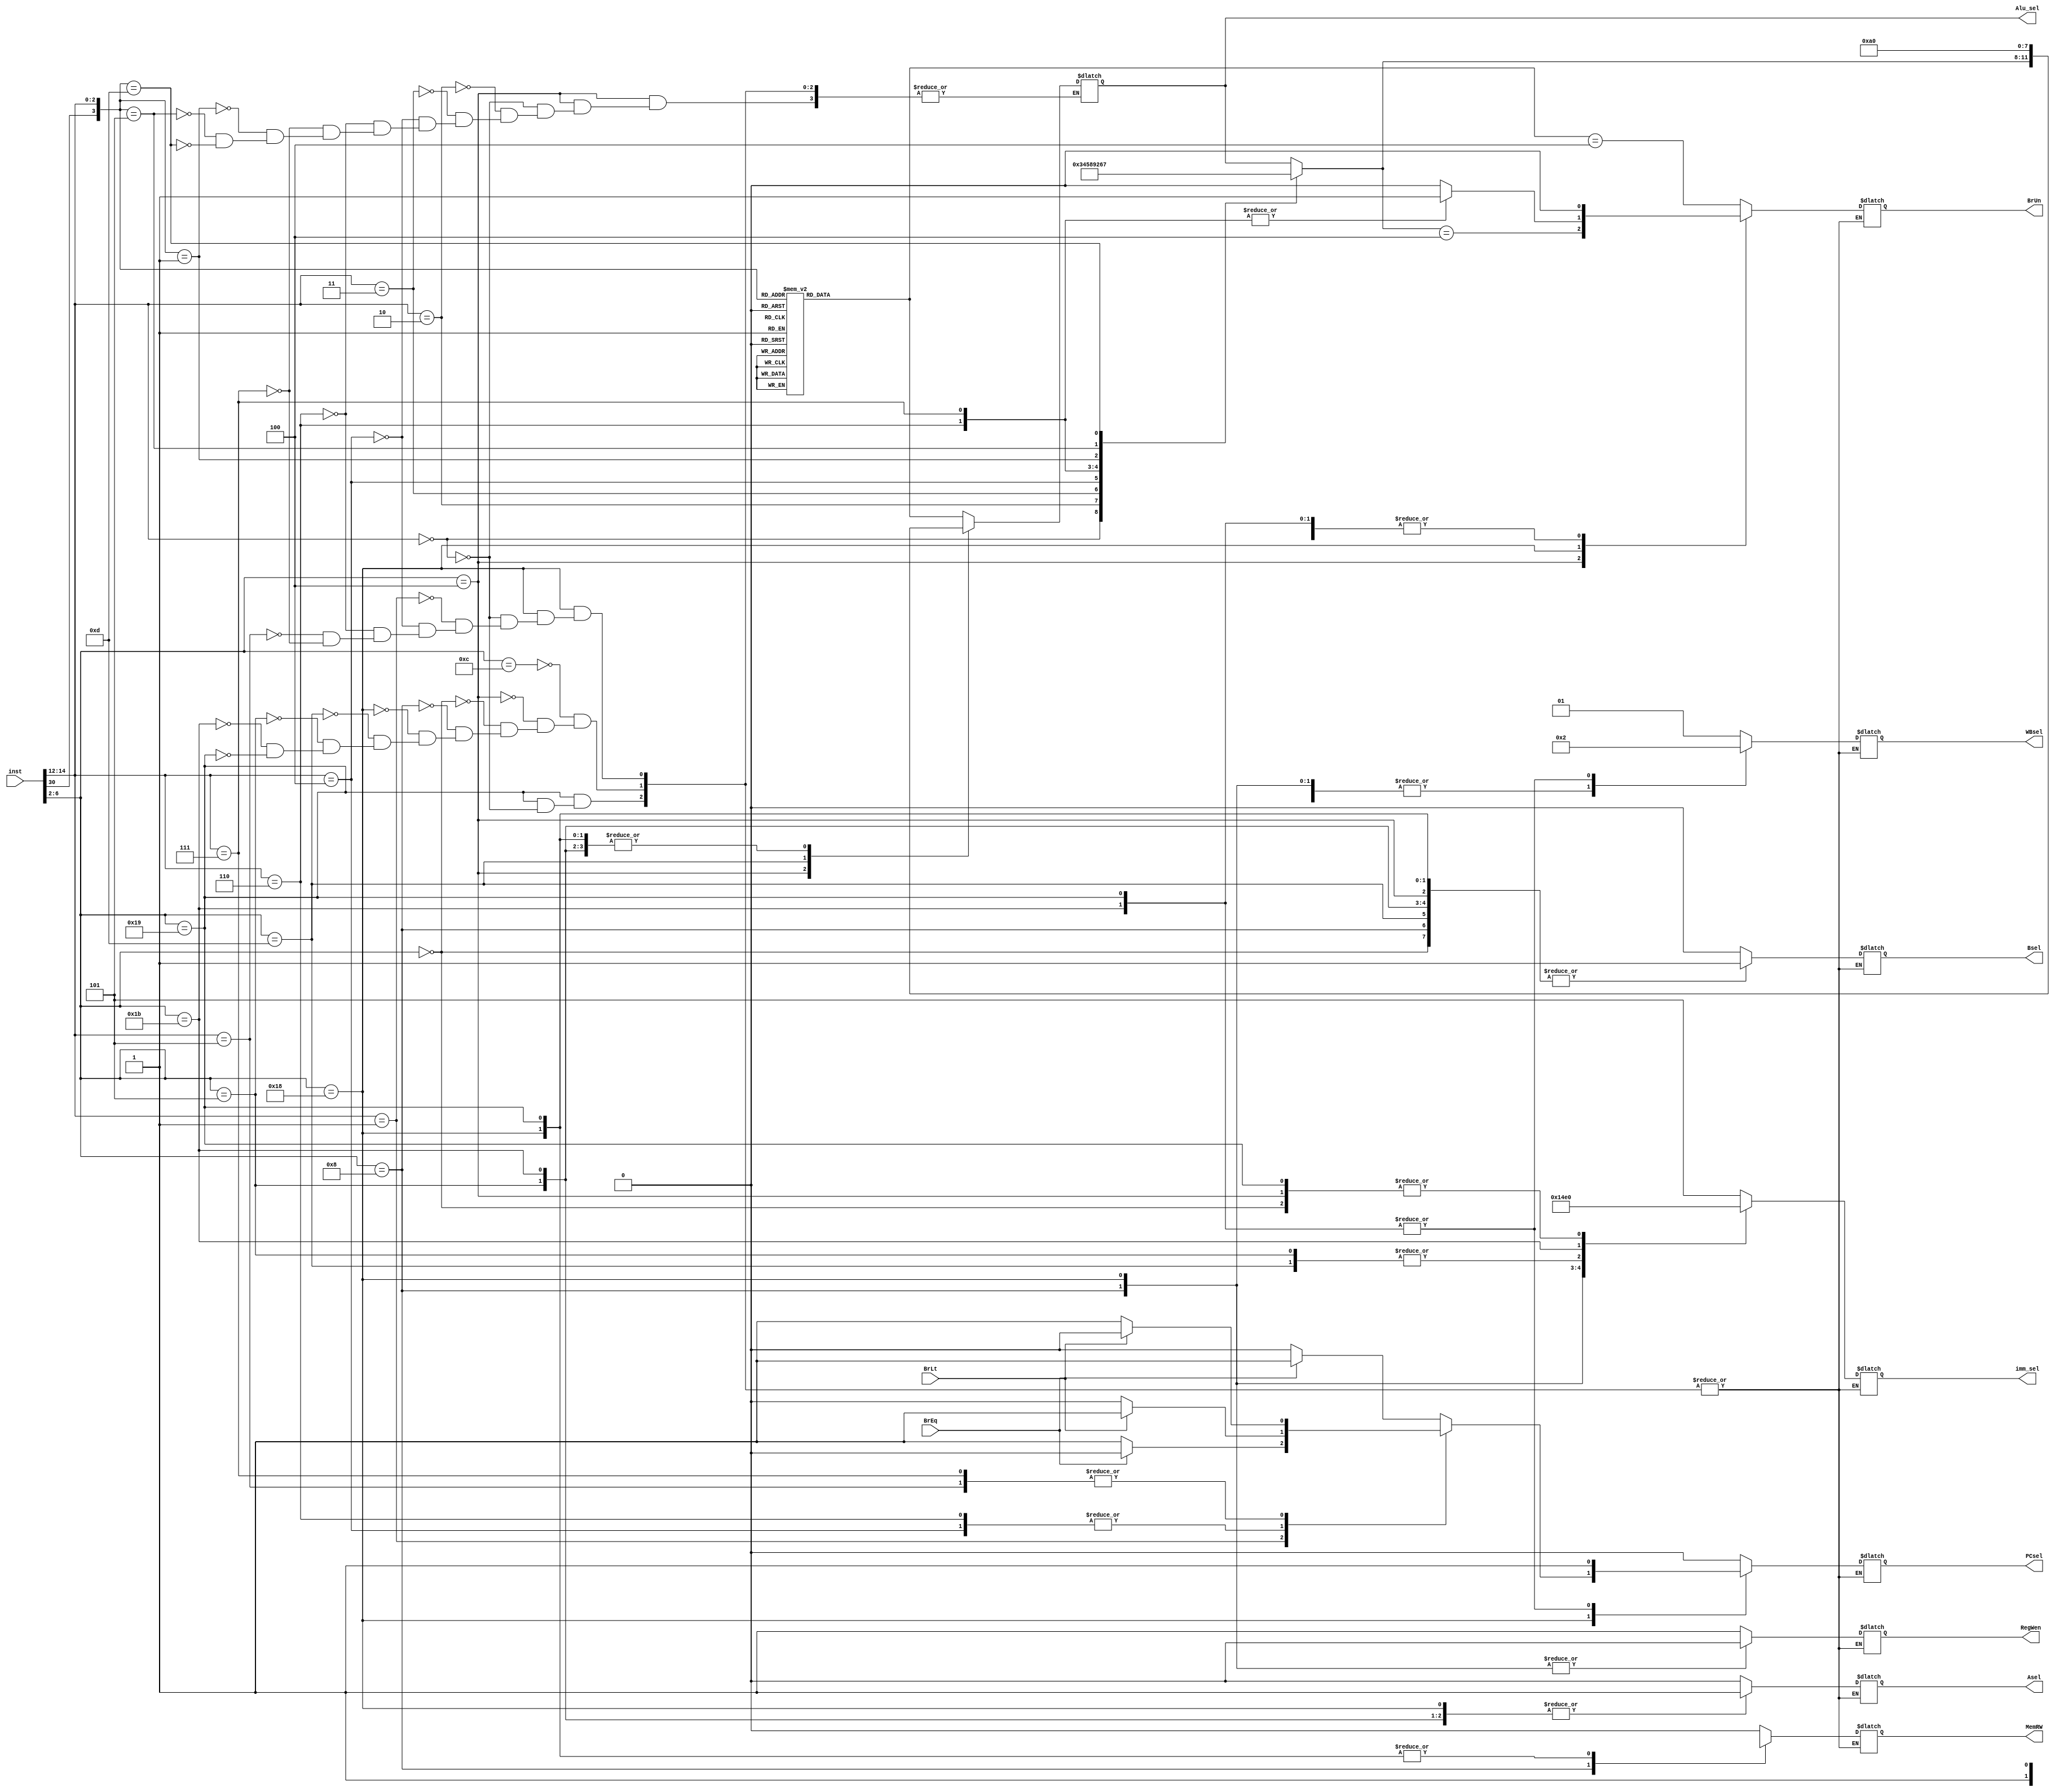
module controller (input [31:0] inst,
                   input BrEq, BrLt,
                   output reg PCsel, RegWen, BrUn, Bsel, Asel, MemRW, 
                   output reg [2:0] imm_sel, 
                   output reg [3:0] Alu_sel,
                   output reg [1:0] WBsel);


always @(inst, BrEq, BrLt) begin
  case (inst[6:2])
    //R-instruction
    5'b01100:  begin 
                 PCsel = 1'b0;
                 imm_sel = 3'b101;
                 RegWen = 1'b1;
                 //BrUn = 1'b0; //=x
                 Asel= 1'b0;
                 Bsel= 1'b0;
                 MemRW= 1'bx;
                 WBsel= 2'b01;
                  case ({inst[30], inst[14:12]})
                    4'b0000:  Alu_sel= 4'b0000; //ADD
                    4'b1000:  Alu_sel= 4'b0001; //SUB
                    4'b0001:  Alu_sel= 4'b0010; //SLL
                    4'b0010:  Alu_sel= 4'b0011; //SLT
                    4'b0011:  Alu_sel= 4'b0100; //SLTU
                    4'b0100:  Alu_sel= 4'b0101; //XOR
                    4'b0101:  Alu_sel= 4'b0110; //SRL
                    4'b1101:  Alu_sel= 4'b0111; //SRA
                    4'b0110:  Alu_sel= 4'b1000; //OR
                    4'b0111:  Alu_sel= 4'b1001; //AND
                    default:  Alu_sel= 4'bxxxx;
                  endcase
                BrUn= (Alu_sel==4'b0100);
              end
     
     //I-instruction (arithmetic)
     5'b00100: begin
                 PCsel = 1'b0;
                 imm_sel = 3'b000;
                 RegWen = 1'b1;
                 //BrUn = 1'b0;//=x
                 Asel= 1'b0;
                 Bsel= 1'b1;
                 MemRW= 1'bx;
                 WBsel= 2'b01;
                 casex ({inst[30], inst[14:12]})
                   4'bx000: Alu_sel= 4'b0000;
                   4'bx010: Alu_sel= 4'b0011;
                   4'bx011: Alu_sel= 4'b0100;
                   4'bx100: Alu_sel= 4'b0101;
                   4'bx110: Alu_sel= 4'b1000;
                   4'bx111: Alu_sel= 4'b1001;
                   4'b0001: Alu_sel= 4'b0010;
                   4'b0101: Alu_sel= 4'b0110;
                   4'b1101: Alu_sel= 4'b0111;
                 endcase
                 BrUn= (Alu_sel==4'b0100);
               end
     
      //I-instruction (load-LW)          
      5'b00000: begin
                 PCsel = 1'b0;
                 imm_sel = 3'b000;
                 RegWen = 1'b1;
                 BrUn = 1'b0; //=x
                 Alu_sel= 4'b0000;
                 Asel= 1'b0;
                 Bsel= 1'b1;
                 MemRW= 1'b0;
                 WBsel= 2'b00;
               end
               
      //S-instruction (store-SW)
      5'b01000: begin
                 PCsel = 1'b0;
                 imm_sel = 3'b001;
                 RegWen = 1'b0;
                 BrUn = 1'b0;//=x
                 Alu_sel= 4'b0000;
                 Asel= 1'b0;
                 Bsel= 1'b1;
                 MemRW= 1'b1;
                 WBsel= 2'b00;//=xx
               end
               
      //B-instruction
      5'b11000: begin
                  case (inst[14:12])
                    3'b000: begin //BEQ
                              imm_sel=3'b010;
                              RegWen= 1'b0;
                              BrUn= 1'b0;//=x
                              Asel= 1'b1;
                              Bsel= 1'b1;
                              Alu_sel=4'b0000;
                              MemRW= 1'bx;
                              WBsel= 2'b00;//=xx
                              if (BrEq) 
                                PCsel=1'b1;
                              else
                                PCsel= 1'b0;
                            end
                    3'b001: begin //BNE
                              imm_sel=3'b010;
                              RegWen= 1'b0;
                              BrUn= 1'b0;//=x
                              Asel= 1'b1;
                              Bsel= 1'b1;
                              Alu_sel=4'b0000;
                              MemRW= 1'bx;
                              WBsel= 2'b00;//=xx
                              if (BrEq) 
                                PCsel=1'b0;
                              else
                                PCsel= 1'b1;
                            end
                                
                    3'b100: begin //BLT
                              imm_sel=3'b010;
                              RegWen= 1'b0;
                              BrUn= 1'b0;
                              Asel= 1'b1;
                              Bsel= 1'b1;
                              Alu_sel=4'b0000;
                              MemRW= 1'bx;
                              WBsel= 2'b00;//=xx
                              if (BrLt) 
                                PCsel= 1'b1;
                              else
                                PCsel= 1'b0;
                            end 
                    3'b110: begin //BLTU
                              imm_sel=3'b010;
                              RegWen= 1'b0;
                              BrUn= 1'b1;
                              Asel= 1'b1;
                              Bsel= 1'b1;
                              Alu_sel=4'b0000;
                              MemRW= 1'bx;
                              WBsel= 2'b00;//=xx
                              if (BrLt) 
                                PCsel= 1'b1;
                              else
                                PCsel= 1'b0;
                            end 
                    3'b101: begin //BGE
                              imm_sel=3'b010;
                              RegWen= 1'b0;
                              BrUn= 1'b0;
                              Asel= 1'b1;
                              Bsel= 1'b1;
                              Alu_sel=4'b0000;
                              MemRW= 1'bx;
                              WBsel= 2'b00;//=xx
                              if (BrLt) 
                                PCsel= 1'b0;
                              else
                                PCsel= 1'b1;
                            end 
                    3'b111: begin //BGEU
                              imm_sel=3'b010;
                              RegWen= 1'b0;
                              BrUn= 1'b1;
                              Asel= 1'b1;
                              Bsel= 1'b1;
                              Alu_sel=4'b0000;
                              MemRW= 1'bx;
                              WBsel= 2'b00;//=xx
                              if (BrLt) 
                                PCsel= 1'b0;
                              else
                                PCsel= 1'b1;
                            end
                  endcase
                end
          //U-instruction (LUI)
          5'b01101:  begin
                       PCsel = 1'b0;
                       imm_sel = 3'b011;
                       RegWen = 1'b1;
                       BrUn = 1'b0;//=x
                       Alu_sel= 4'b1010;
                       Asel= 1'b0; //=x
                       Bsel= 1'b1;
                       MemRW= 1'bx;
                       WBsel= 2'b01;
                     end
          //U-instruction (AUIPC)
          5'b00101:  begin
                       PCsel = 1'b0;
                       imm_sel = 3'b011;
                       RegWen = 1'b1;
                       BrUn = 1'b0;//=x
                       Alu_sel= 4'b0000;
                       Asel= 1'b1;
                       Bsel= 1'b1;
                       MemRW= 1'bx;
                       WBsel= 2'b01;
                     end
           //J-instruction (JAL)
           5'b11011: begin
                       PCsel = 1'b1;
                       imm_sel = 3'b100;
                       RegWen = 1'b1;
                       BrUn = 1'b0;//=x
                       Alu_sel= 4'b0000;
                       Asel= 1'b1;
                       Bsel= 1'b1;
                       MemRW= 1'bx;
                       WBsel= 2'b10;
                     end
                                              
           //J-instruction (JARL)
           5'b11001: begin
                       if (inst[14:12]==3'b000) begin
                         PCsel = 1'b1;
                         imm_sel = 3'b000;
                         RegWen = 1'b1;
                         BrUn = 1'b0;//=x
                         Alu_sel= 4'b0000;
                         Asel= 1'b0;
                         Bsel= 1'b1;
                         MemRW= 1'bx;
                         WBsel= 2'b10;
                       end
                     end
   endcase
 end
 endmodule